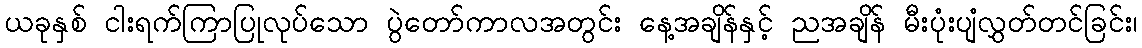
ယခုနှစ် ငါးရက်ကြာပြုလုပ်သော ပွဲတော်ကာလအတွင်း နေ့အချိန်နှင့် ညအချိန် မီးပုံးပျံလွှတ်တင်ခြင်း၊